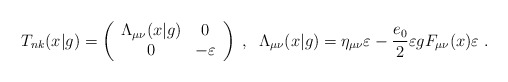
\begin{align*}T_{nk}(x|g)=\left ( \begin{array}{cc} \Lambda_{\mu \nu}(x|g) & 0\\ 0 &-\varepsilon\\ \end{array}\right )\;,\;\;\Lambda_{\mu \nu}(x|g)=\eta_{\mu \nu}\varepsilon-\frac{e_{0}}{2} \varepsilon gF_{\mu \nu}(x)\varepsilon\;.\end{align*}